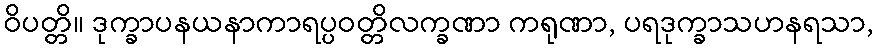
ဝိပတ္တိ။ ဒုက္ခာပနယနာကာရပ္ပဝတ္တိလက္ခဏာ ကရုဏာ, ပရဒုက္ခာသဟနရသာ,